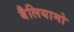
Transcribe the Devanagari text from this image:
बैलियामो